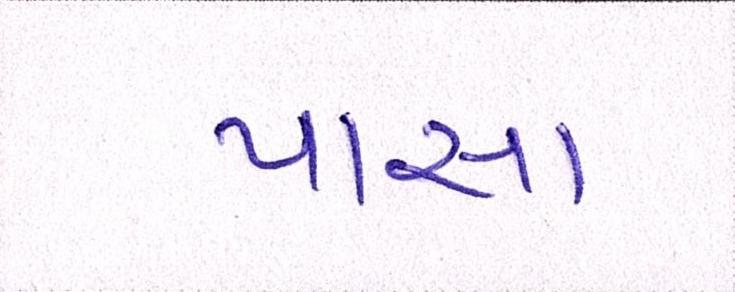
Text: પાસા